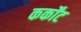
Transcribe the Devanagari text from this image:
कर्कोंट